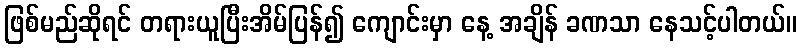
ဖြစ်မည်ဆိုရင် တရားယူပြီးအိမ်ပြန်၍ ကျောင်းမှာ နေ့ အချိန် ခဏသာ နေသင့်ပါတယ်။